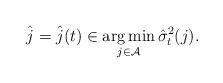
LaTeX: \begin{align*} \hat{j} = \hat{j}(t) \in\mathop{\arg\min}_{j \in\mathcal{A}} \hat{\sigma}_t^2(j).\end{align*}